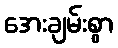
အေးချမ်းစွာ